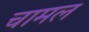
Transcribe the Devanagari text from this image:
चामल